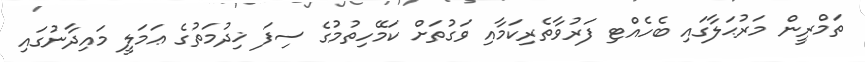
ތަމްރީން މަރުޙަލާގައި ބެހެއްޓި ފަރުވާތެރިކަމާއި ވަގުތަށް ކަމޭހިތުމުގެ ސިފަ ޚިދުމަތުގެ ޢަމަލީ މައިދާނުގައި